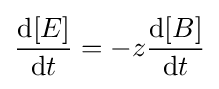
{\frac {{\text{d}}[E]}{{\text{d}}t}}=-z{\frac {{\text{d}}[B]}{{\text{d}}t}}